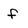
Character: f